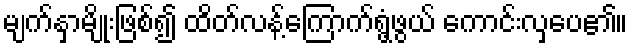
မျက်နှာမျိုးဖြစ်၍ ထိတ်လန့်ကြောက်ရွံ့ဖွယ် ကောင်းလှပေ၏။